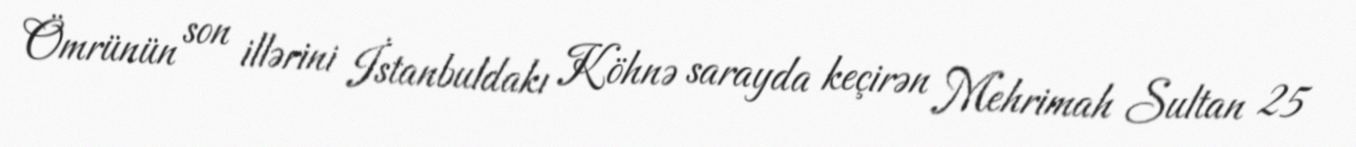
Ömrünün son illərini İstanbuldakı Köhnə sarayda keçirən Mehrimah Sultan 25